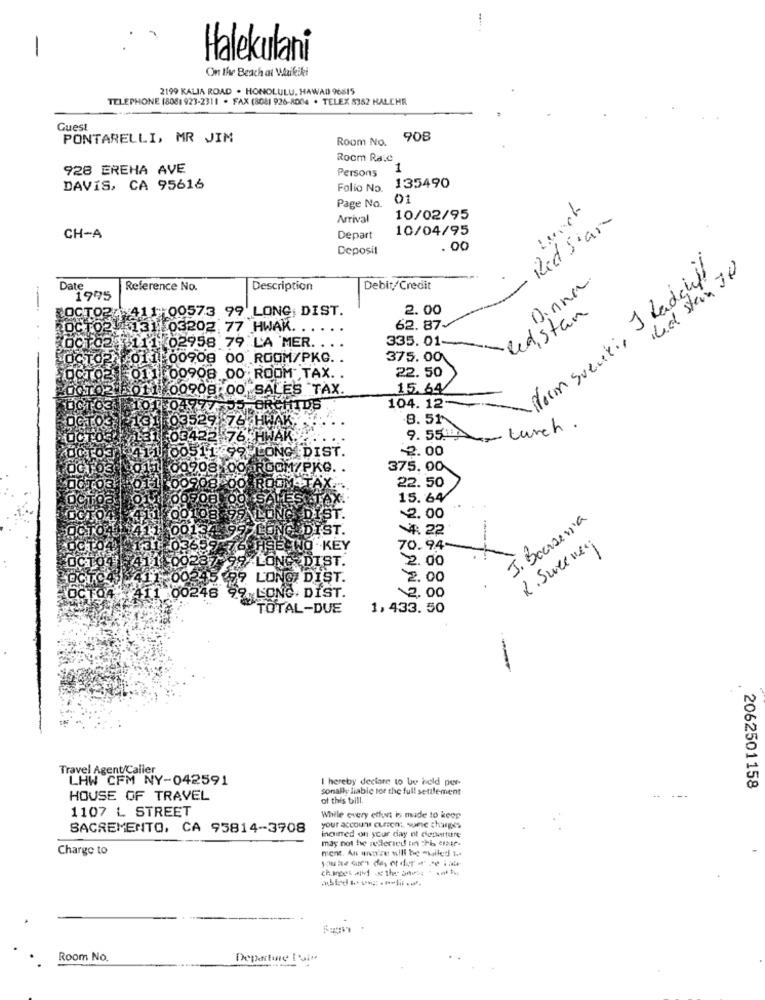
-
Halekulani
On the Beach at Waikiki
2199 KALIA ROAD . HONOLULU, HAWAD 96815
TELEPHONE (8081 923-2311 · FAX (8081 926-8004 . TELEX 5382 HALCHR
Guest
PONTARELLI, MR JIM
Room No.
90B
Room Ra.c
928 EREHA AVE
Persons
1
135490
DAVIS, CA 95616
Folio No.
Page No.
01
Arrival
10/02/95
Red Star
10/04/95
CH-A
Depart
Deposit
. 00
Nom Sveciti, J Radchil
Ud stein JU
Dinner
Date
Reference No.
Description
Debit/Credit
1995
#00573 99'LONG DIST.
2.00
-Redstan
03202.77 HWAK. ..
62.87-
335. 01-
02958 79 LA MER. ..
1 00908 00 ROOM/PKC.
375.00
--
011 00908 00 ROOM TAX ..
22.50
100908:00 SALES TAX.
15.64
¥04
104. 12.
8.51
9.55 Lunch .
ONG DIST.
2.00
COM/PKG.
375.00
22.50
15.64
2.00
J. Barsenia
GUDIST.
V 22
2. Sweeney
IRECNO .KEY
70.94-
LONG DIST.
2.00
LONG DIST.
2.00
00248
LONG. DIST.
2.00
TOTAL-DUE
1,433.50
Travel Agent/Caller
LHW CFM NY-042591
I hereby declare to be held per-
sonally liable for the full settlement
2062501158
HOUSE OF TRAVEL
of this bill.
---
1107 L STREET
While every effort is made to keep
SACREMENTO, CA 95814-3908
your accoun curioni, sonic charges
incurred on your day of departure
may not be reflected in this erer.
Charge to
ment. An ano'ze will be mailed 1.
chainget auf of the boss " sut ty
Room No.
Departure L'air